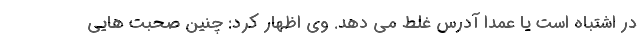
در اشتباه است یا عمدا آدرس غلط می دهد. وی اظهار کرد: چنین صحبت هایی